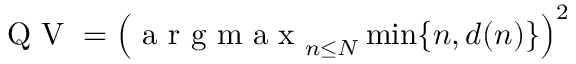
\mathrm { ~ Q ~ V ~ } = \left( \mathrm { ~ a ~ r ~ g ~ m ~ a ~ x ~ } _ { n \le N } \operatorname* { m i n } \{ n , d ( n ) \} \right) ^ { 2 }